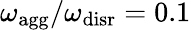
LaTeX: {\omega_{\mathrm{agg}}/\omega_{\mathrm{disr}}=0.1}